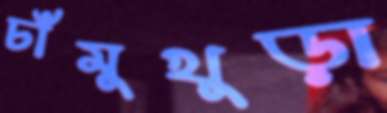
চাঁমুখুড়া